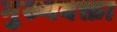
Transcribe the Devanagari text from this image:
मुख्यवक्ता